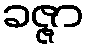
ခဇ္ဇာ